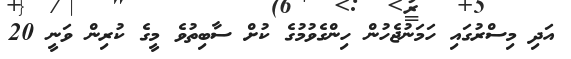
އަދި މިސްރުގައި ހަމަނުޖެހުން ހިންގެވުމުގެ ކުށް ސާބިތުވެ މީގެ ކުރިން ވަނީ 20